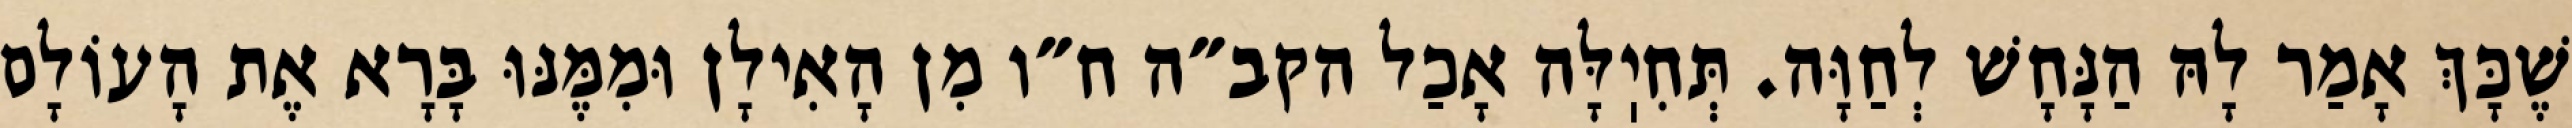
שֶׁכָּךְ אָמַר לָהּ הַנָּחָשׁ לְחַוָּה. תְּחִיֽלָּה אָכַל הקב״ה ח״ו מִן הָאִילָן וּמִמֶּנּוּ בָּרָא אֶת הָעוֹלָם